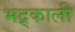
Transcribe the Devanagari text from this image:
भद्र्काली